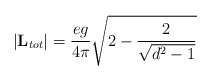
\begin{align*}\vert {\bf L}_{tot} \vert = {e g \over 4 \pi} \sqrt{2 - {2 \over\sqrt{d^2 -1}}}\end{align*}